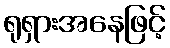
ရုရှားအနေဖြင့်